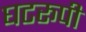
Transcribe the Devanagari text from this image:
घटरूपी